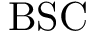
\mathrm { B S C }